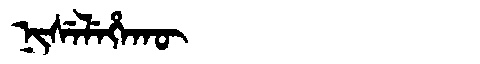
Manchu: ᠨᡳᠰᡝᠯᡝᡥᠠᡴᡡ
Romanization: NISELEHAKŪ